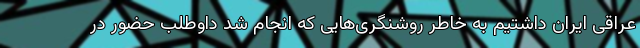
عراقی ایران داشتیم به خاطر روشنگری‌هایی که انجام شد داوطلب حضور در